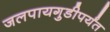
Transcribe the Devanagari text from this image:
जलपायगुडीपर्यंत